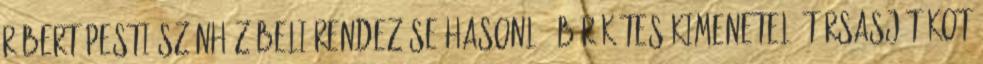
Róbert Pesti Színház-beli rendezése hasonló, bár kétes kimenetelű társasjátékot